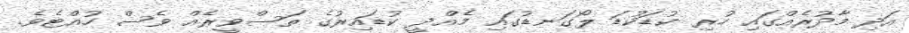
އަދި މާދުރެއްގައި ހުރި ކުޑަކުޑަ ލޯގަނޑުގައި މެއްދީ ކުޑައިރުގެ ތަސްވީރެއް ވެސް ހުއްޓެވެ.